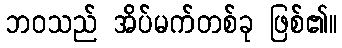
ဘဝသည် အိပ်မက်တစ်ခု ဖြစ်၏။